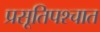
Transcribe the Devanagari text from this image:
प्रसूतिपश्चात